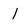
Character: 1